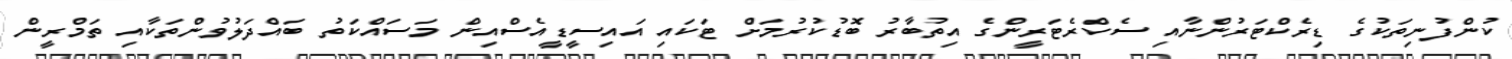
ކުންފުނިތަކުގެ ޑިރެކްޓަރުންނާއި ސެކްރެޓަރީންގެ އިތުބާރު ބޮޑުކުރުމަށް ޓަކައި އައިސީޑީއެސްއިން މަސައްކަތު ބައްދަލުވުންތަކާއި ތަމްރީން